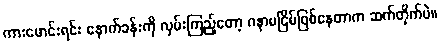
ကားမောင်းရင်း နောက်ခန်းကို လှမ်းကြည့်တော့ ဂနာမငြိမ်ဖြစ်နေတာက ဆက်တိုက်ပဲ။